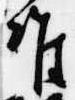
准